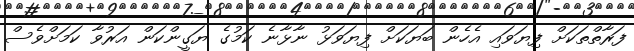
ފަރާތްތަކަށް ފިޔަވައި އެހެން ބަޔަކަށް ފިޔަވަޅު ނާޅާނެ ކަމުގެ ޔަގީންކަން އަރުވާ ކަމަށްވެސް